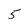
Character: 5